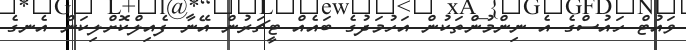
ވައުޓް ހައުސްގެ އެ ނިންމުންތަކުން އަހުމަދުގެ ބައެއް ޓީޗަރުން އޭނާ ފެއިލްކޮށްލިކަން އެނގެ